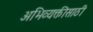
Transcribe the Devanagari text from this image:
अभिव्यक्तीसाठी